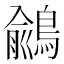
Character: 𪃎